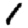
Digit: 1